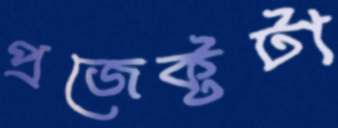
প্রজেক্টটা